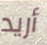
أريد